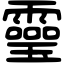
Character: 𩆜